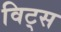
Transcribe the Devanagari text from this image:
विट्स